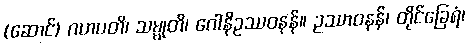
(ဆောင်) ဂဟပတိ၊ သမ္မုတိ၊ ဂေါနိဥဿဝနန်။ ဥဿာဝနန်၊ တိုင်ခြေရံ၊